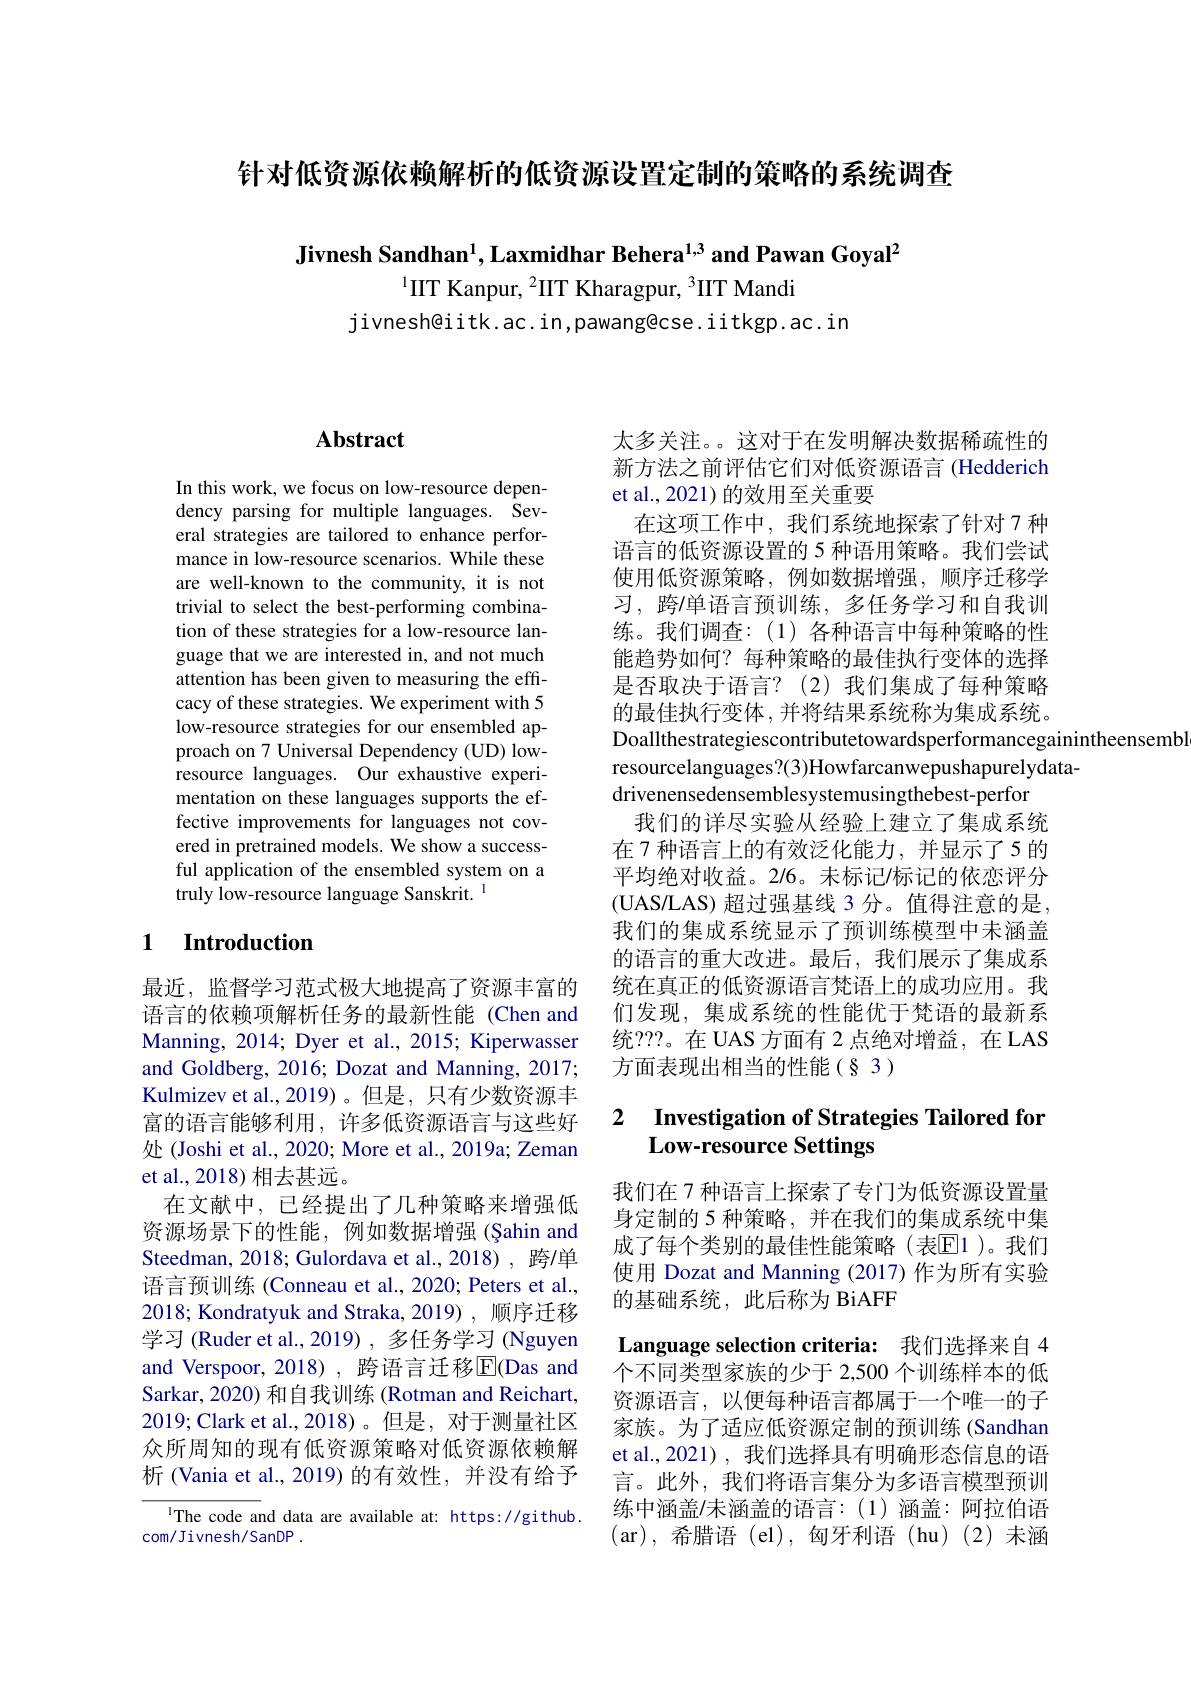
针对低资源依赖解析的低资源设置定制的策略的系统调杳

Jivnesh Sandhan$^1$,Laxmidhar Behera$^1,3$ and Pawan Goyal$^2$

$^{1}$IIT Kanpur, $^2$IIT Kharagpur, $^3$IIT Mandi

jivnesh@iitk.ac.in,pawang@cse.iitkgp.ac.in

## $\mathbf{Abstract}$

In this work, we focus on low-resource dependency parsing for multiple languages. Several strategies are tailored to enhance performance in low-resource scenarios. While these are well-known to the community, it is not trivial to select the best-performing combination of these strategies for a low-resource language that we are interested in, and not much attention has been given to measuring the efficacy of these strategies. We experiment with 5 low-resource strategies for our ensembled approach on 7 Universal Dependency (UD) lowresource languages. Our exhaustive experimentation on these languages supports the effective improvements for languages not covered in pretrained models. We show a successful application of the ensembled system on a truly low-resource language Sanskrit. 1

### 1 $\textbf{Introduction}$

最近，监督学习范式极大地提高了资源丰富的语言的依赖项解析任务的最新性能(Chen and Manning, 2014; Dyer et al., 2015; Kiperwasser and Goldberg, 2016; Dozat and Manning, 2017; Kulmizev et al.,2019)。但是，只有少数资源丰富的语言能够利用，许多低资源语言与这些好处 (Joshi et al., 2020; More et al., 2019a; Zeman et al., 2018) 相去甚远。
在文献中，已经提出了几种策略来增强低资源场景下的性能，例如数据增强(Șahin and Steedman,2018; Gulordava et al.,2018), 跨/单语言预训练 (Conneau et al., 2020; Peters et al., 2018; Kondratyuk and Straka, 2019), 顺序迁移学习 (Ruder et al., 2019) , 多任务学习 (Nguyen and Verspoor,2018),跨语言迁移$\mathbb{E}$(Das and Sarkar, 2020) 和自我训练 (Rotman and Reichart, 2019; Clark et al., 2018)。但是，对于测量社区众所周知的现有低资源策略对低资源依赖解析 (Vania et al., 2019) 的有效性，并没有给予

IThe code and data are available at: https://github.
com/ Jivnesh/ SanDP.

太多关注。这对于在发明解决数据稀疏性的新方法之前评估它们对低资源语言(Hedderich et al.,2021)的效用至关重要
在这项工作中，我们系统地探索了针对 7 种语言的低资源设置的 5 种语用策略。我们尝试使用低资源策略，例如数据增强，顺序迁移学习，跨/单语言预训练，多任务学习和自我训练。我们调查：(1)各种语言中每种策略的性能趋势如何？每种策略的最佳执行变体的选择是否取决于语言？(2)我们集成了每种策略的最佳执行变体，并将结果系统称为集成系统。Doallthestrategiescontributetowardsperformancegainintheensembl
resourcelanguages?(3)Howfarcanwepushapurelydata-
drivenensedensemblesystemusingthebest-perfor
我们的详尽实验从经验上建立了集成系统在7种语言上的有效泛化能力，并显示了5 的平均绝对收益。2/6。未标记/标记的依恋评分(UAS/LAS) 超过强基线 3 分。值得注意的是， 我们的集成系统显示了预训练模型中未涵盖的语言的重大改进。最后，我们展示了集成系统在真正的低资源语言梵语上的成功应用。我们发现，集成系统的性能优于梵语的最新系统？??。在 UAS 方面有 2 点绝对增益，在 LAS 方面表现出相当的性能(§3)

### 2 $\textbf{Investigation of Strategies Tailored for}$ Low-resource Settings

我们在 7 种语言上探索了专门为低资源设置量身定制的 5 种策略，并在我们的集成系统中集成了每个类别的最佳性能策略(表[E]1 )。我们使用 Dozat and Manning (2017) 作为所有实验的基础系统，此后称为 BiAFF

Language selection criteria: 我们选择来自 4

个不同类型家族的少于 2,500 个训练样本的低资源语言，以便每种语言都属于一个唯一的子家族。为了适应低资源定制的预训练 (Sandhan et al.,2021),我们选择具有明确形态信息的语言。此外，我们将语言集分为多语言模型预训练中涵盖/未涵盖的语言：(1)涵盖：阿拉伯语(ar),希腊语(el),匈牙利语(hu)(2)未涵